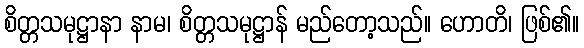
စိတ္တသမုဋ္ဌာနာ နာမ၊ စိတ္တသမုဋ္ဌာန် မည်တော့သည်။ ဟောတိ၊ ဖြစ်၏။